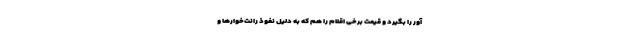
آور را بگیرد و قیمت برخی اقلام را هم که به دلیل نفوذ رانت‌خوارها و